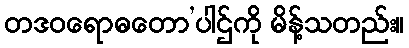
တဒဝရောဓတော’ပါဌ်ကို မိန့်သတည်း။